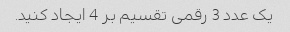
یک عدد 3 رقمی تقسیم بر 4 ایجاد کنید.